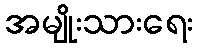
အမျိုးသားရေး